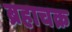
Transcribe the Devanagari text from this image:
ब्रहाचक्र